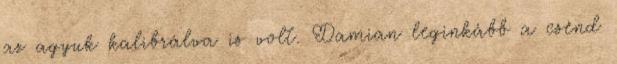
az agyuk kalibrálva is volt. Damian leginkább a csend